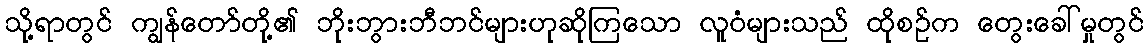
သို့ရာတွင် ကျွန်တော်တို့၏ ဘိုးဘွားဘီဘင်များဟုဆိုကြသော လူဝံများသည် ထိုစဉ်က တွေးခေါ်မှုတွင်